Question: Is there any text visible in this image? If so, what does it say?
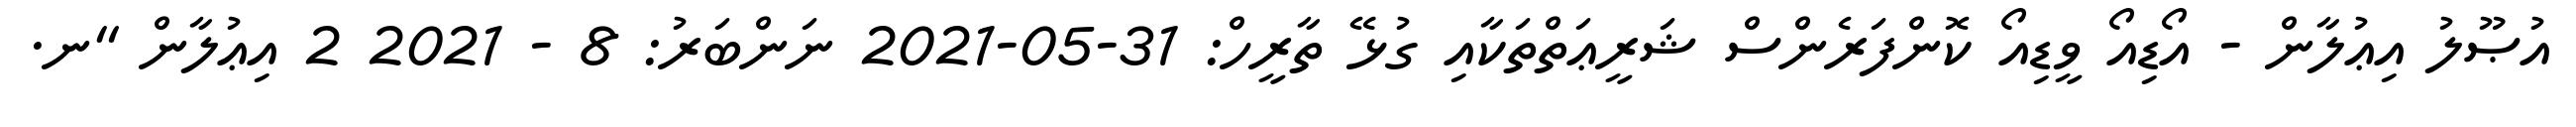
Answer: އުޞޫލު އިޢުލާން - އޯޑިއޯ ވީޑިއޯ ކޮންފަރެންސް ޝަރީޢަތްތަކާއި ގުޅޭ ތާރީހް: 31-05-2021 ނަންބަރު: 8 - 2021 2 އިޢުލާން "ނ.